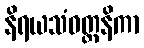
နိရယသံဝတ္တနိကာ